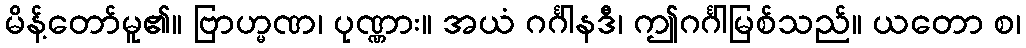
မိန့်တော်မူ၏။ ဗြာဟ္မဏ၊ ပုဏ္ဏား။ အယံ ဂင်္ဂါနဒီ၊ ဤဂင်္ဂါမြစ်သည်။ ယတော စ၊